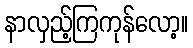
နာလှည့်ကြကုန်လော့။